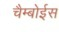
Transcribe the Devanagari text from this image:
चैम्बोईस